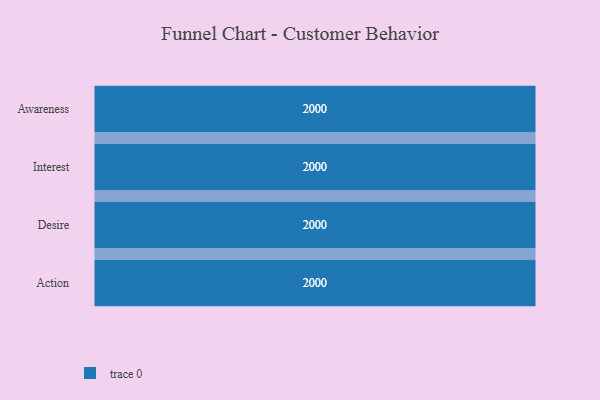
{"axis": {"x": "Stage", "y": "Value"}, "legend": [""], "data": [{"x": "Awareness", "y": 2000, "type": ""}, {"x": "Interest", "y": 2000, "type": ""}, {"x": "Desire", "y": 2000, "type": ""}, {"x": "Action", "y": 2000, "type": ""}]}